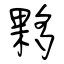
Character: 夥